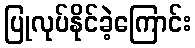
ပြုလုပ်နိုင်ခဲ့ကြောင်း